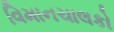
વિમાનચાલકો